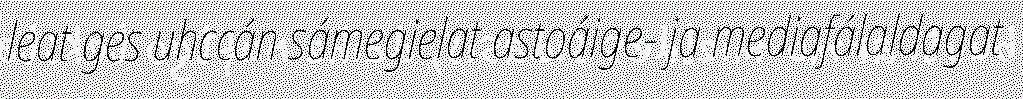
leat ges uhccán sámegielat astoáige- ja mediafálaldagat